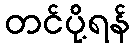
တင်ပို့ရန်